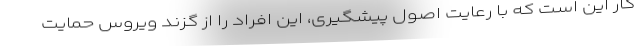
کار این است که با رعایت اصول پیشگیری، این افراد را از گزند ویروس حمایت